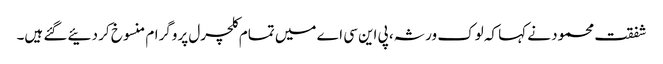
شفقت محمود نے کہا کہ لوک ورثہ، پی این سی اے میں تمام کلچرل پروگرام منسوخ کر دئیے گئے ہیں۔